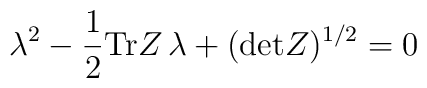
\lambda^2-{1\over 2}\mbox{Tr}Z\, \lambda +(\mbox{det}Z)^{1/ 2}=0